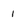
Character: I